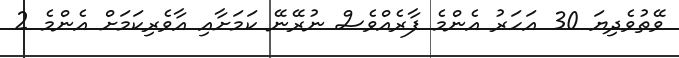
ވޭތުވެދިޔަ 30 އަހަރު އެންމެ ފާރެއްވެސް ނުރޭނޭ ކަމަށާއި އާވެރިކަމަށް އެންމެ 2